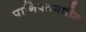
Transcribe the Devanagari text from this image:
पानिपतमधील